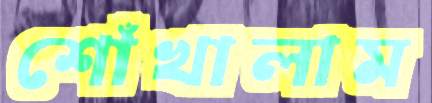
শোঁখালাম